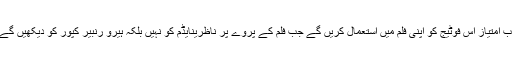
اب امتیاز اس فوٹیج کو اپنی فلم میں استعمال کریں گے جب فلم کے پروے پر ناظرینایڈم کو نہیں بلکہ ہیرو رنبیر کپور کو دیکھیں گے۔